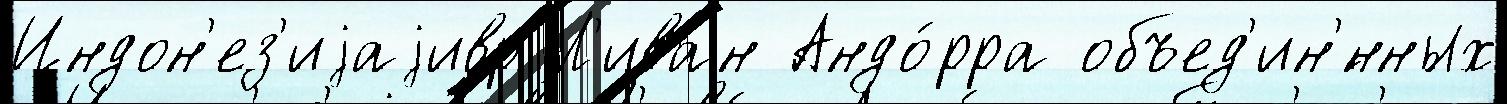
Индон'ез'иjаjивр Л'ива́н Андо́рра объед'ин'́нных